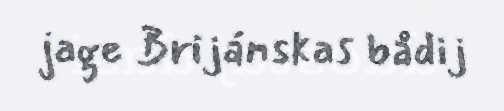
jage Brijánskas bådij